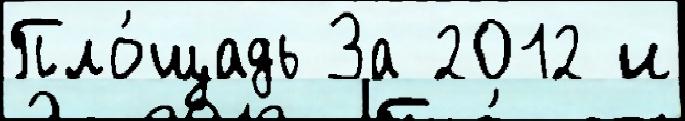
Пло́щадь За 2012 и